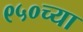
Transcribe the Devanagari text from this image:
९५०च्या